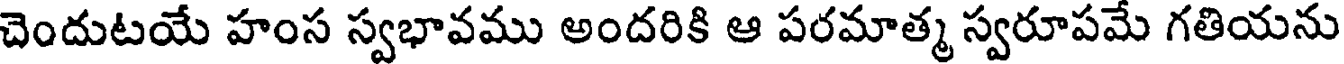
చెందుటయే హంస స్వభావము అందరికి ఆ పరమాత్మ స్వరూపమే గతియను